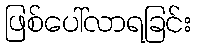
ဖြစ်ပေါ်လာရခြင်း